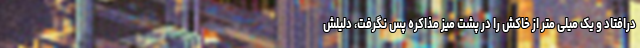
درافتاد و یک میلی متر از خاکش را در پشت میز مذاکره پس نگرفت، دلیلش